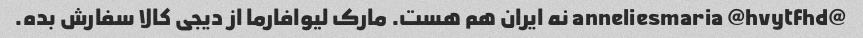
@anneliesmaria @hvytfhd نه ایران هم هست. مارک لیوافارما از دیجی کالا سفارش بده.